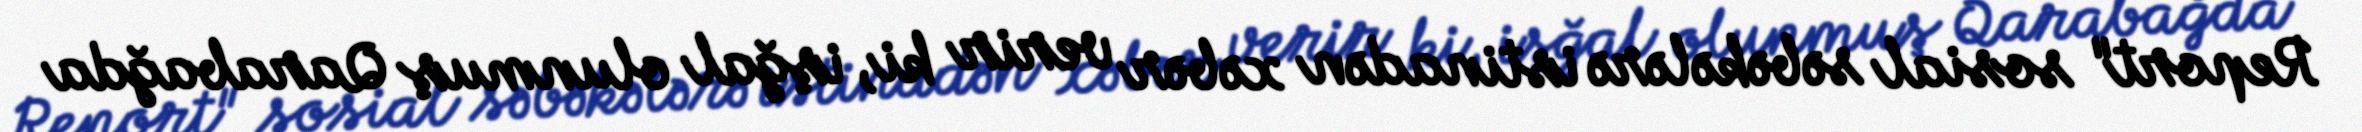
Report" sosial səbəkələrə istinadən xəbər verir ki, işğal olunmuş Qarabağda